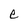
Character: e